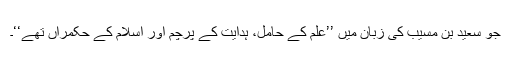
جو سعید بن مسیب کی زبان میں ’’علم کے حامل، ہدایت کے پرچم اور اسلام کے حکمراں تھے‘‘۔